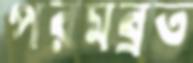
পরমব্রত